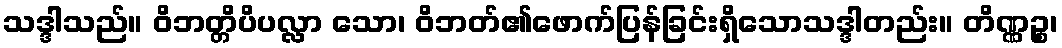
သဒ္ဒါသည်။ ဝိဘတ္တိပိပလ္လာ သော၊ ဝိဘတ်၏ဖောက်ပြန်ခြင်းရှိသောသဒ္ဒါတည်း။ တိဏ္ဏဉ္စ၊